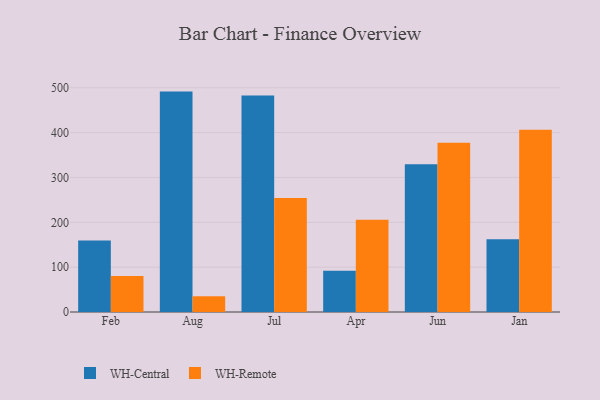
{"axis": {"x": "Month", "y": "LTV (USD)"}, "legend": ["WH-Central", "WH-Remote"], "data": [{"x": "Feb", "y": 159.6, "type": "WH-Central"}, {"x": "Feb", "y": 80.1, "type": "WH-Remote"}, {"x": "Aug", "y": 491.4, "type": "WH-Central"}, {"x": "Aug", "y": 35.0, "type": "WH-Remote"}, {"x": "Jul", "y": 482.7, "type": "WH-Central"}, {"x": "Jul", "y": 254.3, "type": "WH-Remote"}, {"x": "Apr", "y": 92.1, "type": "WH-Central"}, {"x": "Apr", "y": 205.5, "type": "WH-Remote"}, {"x": "Jun", "y": 329.3, "type": "WH-Central"}, {"x": "Jun", "y": 377.1, "type": "WH-Remote"}, {"x": "Jan", "y": 162.1, "type": "WH-Central"}, {"x": "Jan", "y": 406.3, "type": "WH-Remote"}]}